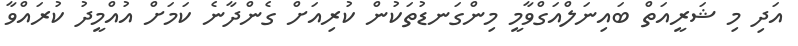
އަދި މި ޝަރީއަތް ބައިނަލްއަގްވާމީ މިންގަނޑުތަކުން ކުރިއަށް ގެންދާނެ ކަމަށް އުއްމީދު ކުރައްވާ